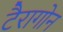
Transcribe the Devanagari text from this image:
टैरागोन